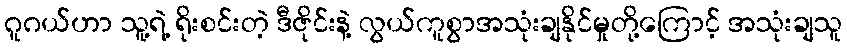
ဂူဂယ်ဟာ သူ့ရဲ့ ရိုးစင်းတဲ့ ဒီဇိုင်းနဲ့ လွယ်ကူစွာအသုံးချနိုင်မှုတို့ကြောင့် အသုံးချသူ